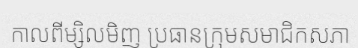
កាលពីម្សិលមិញ ប្រធានក្រុមសមាជិកសភា